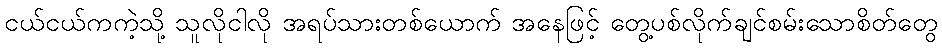
ငယ်ငယ်ကကဲ့သို့ သူလိုငါလို အရပ်သားတစ်ယောက် အနေဖြင့် တွေ့ပစ်လိုက်ချင်စမ်းသောစိတ်တွေ